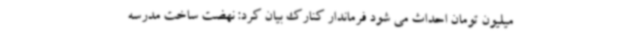
میلیون تومان احداث می شود فرماندار کنارک بیان کرد: نهضت ساخت مدرسه